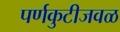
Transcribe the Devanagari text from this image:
पर्णकुटीजवळ